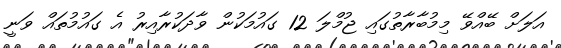
އަލަށް ބޭއްވޭ މިމުބާރާތުގައި ޖުމްލަ 12 ގައުމަކުން ވާދަކުރާއިރު އެ ގައުމުތައް ވަނީ